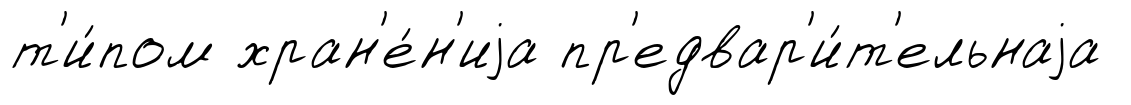
т'и́пом хран'е́н'иjа пр'едвар'и́т'ельнаjа